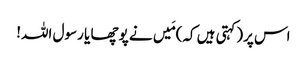
اس پر(کہتی ہیں کہ)مَیں نے پوچھا یا رسول اللہ!